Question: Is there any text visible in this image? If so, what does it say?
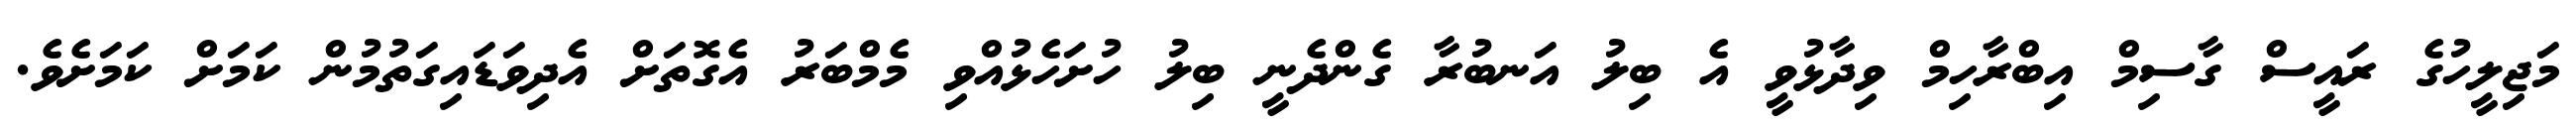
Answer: މަޖިލީހުގެ ރައީސް ގާސިމް އިބްރާހިމް ވިދާޅުވީ އެ ބިލު އަނބުރާ ގެންދެނީ ބިލު ހުށަހެޅުއްވި މެމްބަރު އެގޮތަށް އެދިވަޑައިގަތުމުން ކަމަށް ކަމަށެވެ.